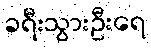
ခရီးသွားဦးရေ